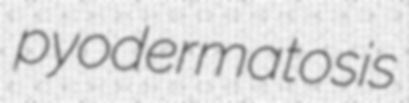
pyodermatosis